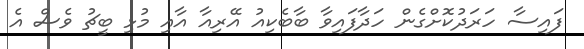
ފައިސާ ހަރަދުކޮށްގެން ހަދާފައިވާ ބާބެކިއު އޭރިއާ އާއި މުޅި ބީޗު ވެސް އެ